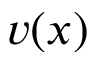
v ( x )